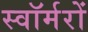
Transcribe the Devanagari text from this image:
स्वॉर्मरों